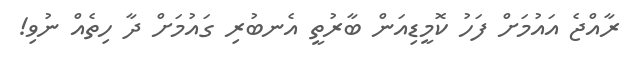
ރާއްޖެ އައުމަށް ފަހު ކޮމީޑިއަން ބާރުތީ އެނބުރި ގައުމަށް ދާ ހިތެއް ނުވި!